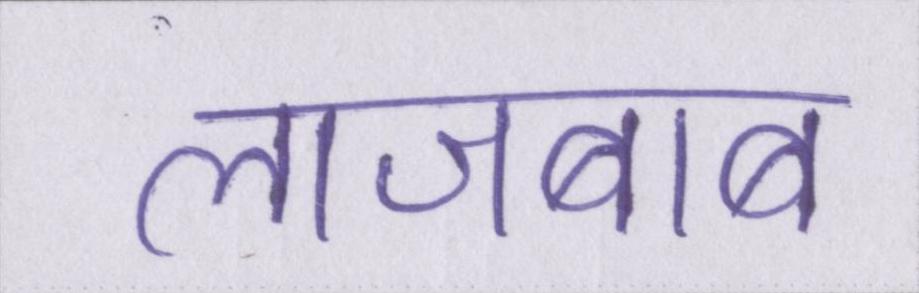
लाजबाब